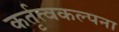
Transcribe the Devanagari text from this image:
कर्तृत्वकल्पना